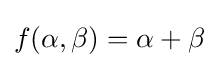
f(\alpha ,\beta )=\alpha +\beta